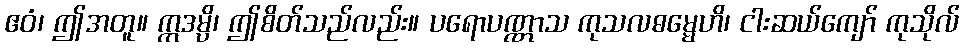
ဧဝံ၊ ဤအတူ။ ဣဒမ္ပိ၊ ဤစိတ်သည်လည်း။ ပရောပဏ္ဏာသ ကုသလဓမ္မေဟိ၊ ငါးဆယ်ကျော် ကုသိုလ်